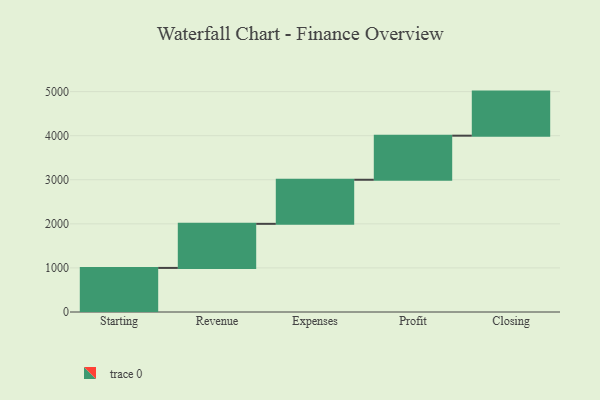
{"axis": {"x": "Step", "y": "Value"}, "legend": [""], "data": [{"x": "Starting", "y": 1000, "type": ""}, {"x": "Revenue", "y": 1000, "type": ""}, {"x": "Expenses", "y": 1000, "type": ""}, {"x": "Profit", "y": 1000, "type": ""}, {"x": "Closing", "y": 1000, "type": ""}]}